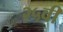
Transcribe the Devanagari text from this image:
२५वी